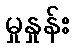
မှုနှုန်း